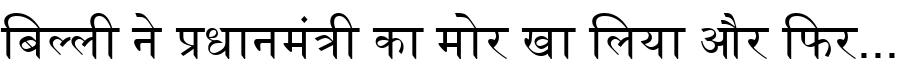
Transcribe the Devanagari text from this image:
बिल्ली ने प्रधानमंत्री का मोर खा लिया और फिर...